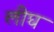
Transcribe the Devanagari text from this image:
लीघ